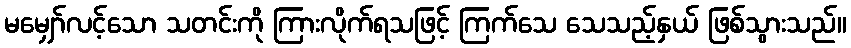
မမျှော်လင့်သော သတင်းကို ကြားလိုက်ရသဖြင့် ကြက်သေ သေသည့်နှယ် ဖြစ်သွားသည်။